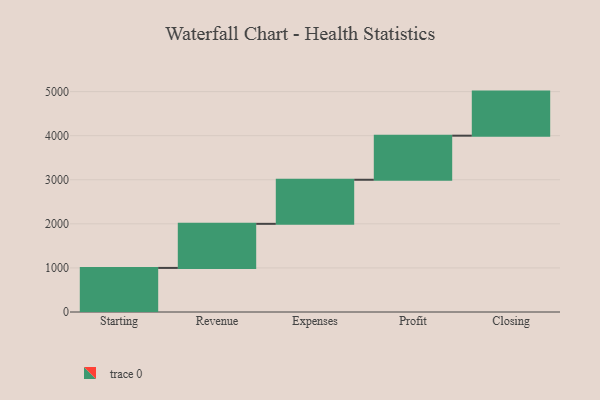
{"axis": {"x": "Step", "y": "Value"}, "legend": [""], "data": [{"x": "Starting", "y": 1000, "type": ""}, {"x": "Revenue", "y": 1000, "type": ""}, {"x": "Expenses", "y": 1000, "type": ""}, {"x": "Profit", "y": 1000, "type": ""}, {"x": "Closing", "y": 1000, "type": ""}]}